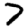
Digit: 7